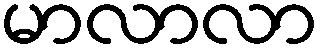
မာလာလာ